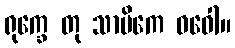
ရုက္ခေ တု သာမိကေ ဓဝေါ။